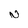
Character: N